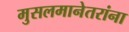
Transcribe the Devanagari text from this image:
मुसलमानेतरांना